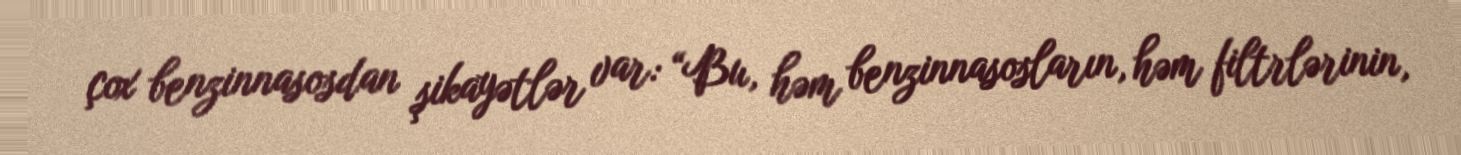
çox benzinnasosdan şikayətlər var: “Bu, həm benzinnasosların, həm filtrlərinin,